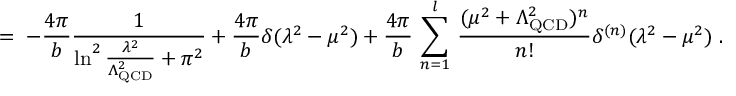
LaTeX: = \; - \frac { 4 \pi } { b } \frac { 1 } { \ln ^ { 2 } { \frac { \lambda ^ { 2 } } { \Lambda _ { \mathrm { Q C D } } ^ { 2 } } } + \pi ^ { 2 } } + \frac { 4 \pi } { b } \delta ( \lambda ^ { 2 } - \mu ^ { 2 } ) + \frac { 4 \pi } { b } \, \sum _ { n = 1 } ^ { l } \, \frac { ( \mu ^ { 2 } + \Lambda _ { \mathrm { Q C D } } ^ { 2 } ) ^ { n } } { n ! } \delta ^ { ( n ) } ( \lambda ^ { 2 } - \mu ^ { 2 } ) \; .